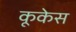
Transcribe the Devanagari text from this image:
कूकेस